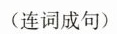
(连词成句)